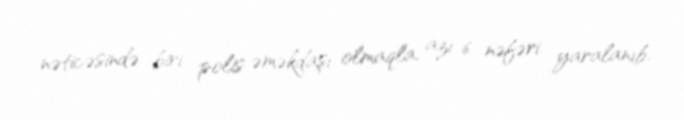
nəticəsində biri polis əməkdaşı olmaqla, azı 6 nəfəri yaralanıb.